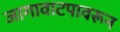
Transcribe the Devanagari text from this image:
जागावाटपावरून